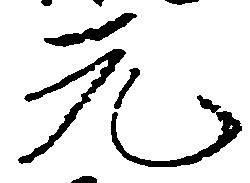
元